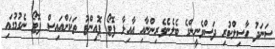
ސަނަދު ހާސިލްކުރި ދަސްވެނީންގެ ބެލެނެވެރިންނާއި އާއިލާ ފޮޓޯ ޕޮއިންޓު ތަކަށްއައިސް ފޮޓޯ ނެގުމުގައި